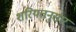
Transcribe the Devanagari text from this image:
शरियतनुसार